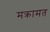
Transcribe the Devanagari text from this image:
मक्रामत